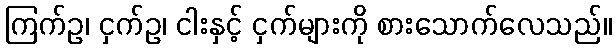
ကြက်ဥ၊ ငှက်ဥ၊ ငါးနှင့် ငှက်များကို စားသောက်လေသည်။